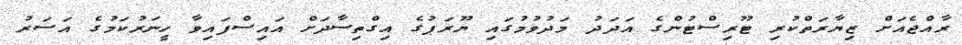
ރާއްޖެއަށް ޒިޔާރަތްކުރި ޓޫރިސްޓުންގެ އަދަދު މަދުވުމުގައި ޔޫރަޕުގެ އިގްތިސާދަށް އައިސްފައިވާ ހީނަރުކަމުގެ އަސަރު